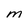
Character: m